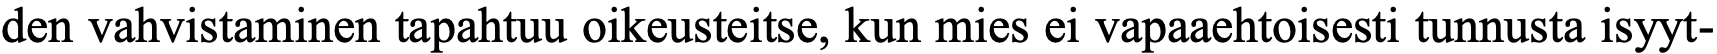
den vahvistaminen tapahtuu oikeusteitse, kun mies ei vapaaehtoisesti tunnusta isyyt-